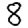
Digit: 8